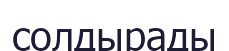
солдырады